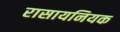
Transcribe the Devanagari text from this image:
रासायनियक